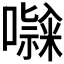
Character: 𭋹